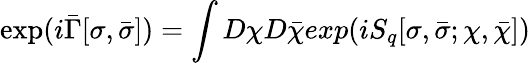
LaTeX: \exp(i\bar{\Gamma}[\sigma,\bar{\sigma}])=\int D\chi D\bar{\chi}exp(iS_{q}[\sigma,\bar{\sigma};\chi,\bar{\chi}])